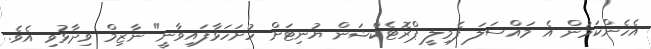
އެހެންކަމުން އެ މައްސަލަ ފެމިލީ ޕްރޮޓެކްޝަން ޔުނިޓަށް ހުށަހަޅާފައިވާނީ" ނާޒިމް ވިދާޅުވި އެވެ.